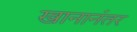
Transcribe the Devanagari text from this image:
खानानंतर